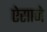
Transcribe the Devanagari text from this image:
ऐसाजे